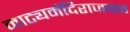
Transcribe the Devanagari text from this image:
नाट्यमंदिराजवळ